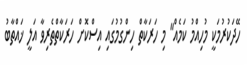
ހޭދަކުރުމަކީ މުހިއްމު ކަމެއް" މި ހަރަކާތް ހިންގުމުގައި އިސްކޮށް ހަރަކާތްތެރިވާ އަލީ ޚައްތާބު